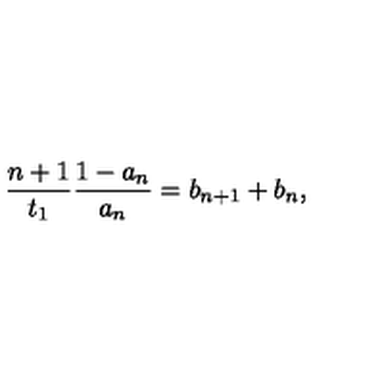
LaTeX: \frac { n + 1 } { t _ { 1 } } \frac { 1 - a _ { n } } { a _ { n } } = b _ { n + 1 } + b _ { n } ,